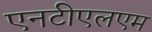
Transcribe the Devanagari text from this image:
एनटीएलएम